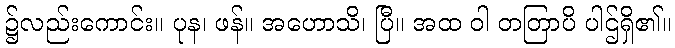
၌လည်းကောင်း။ ပုန၊ ဖန်။ အဟောသိ၊ ပြီ။ အထ ဝါ တတြာပိ ပါဌ်ရှိ၏။